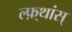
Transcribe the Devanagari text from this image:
ल्फ़्थांस्